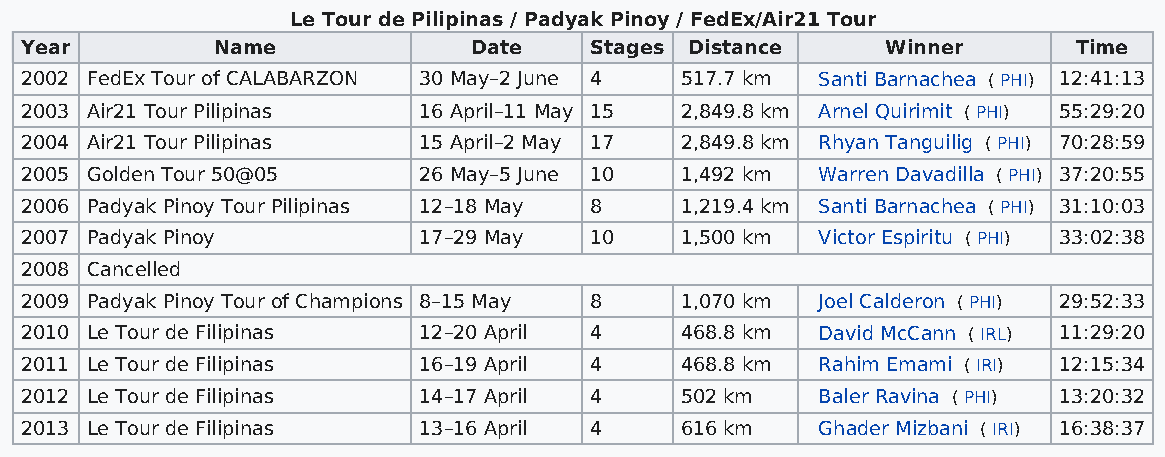
Le Tour de Pilipinas / Padyak Pinoy / FedEx/Air21 Tour
 Year         Name             Date    Stages Distance     Winner      Time
 2002 FedEx Tour of CALABARZON 30 May–2 June 4 517.7 km Santi Barnachea ( PHI) 12:41:13
 2003 Air21 Tour Pilipinas  16 April–11 May 15 2,849.8 km Arnel Quirimit ( PHI) 55:29:20
 2004 Air21 Tour Pilipinas  15 April–2 May 17 2,849.8 km Rhyan Tanguilig ( PHI) 70:28:59
 2005 Golden Tour 50@05     26 May–5 June 10 1,492 km Warren Davadilla ( PHI) 37:20:55
 2006 Padyak Pinoy Tour Pilipinas 12–18 May 8 1,219.4 km Santi Barnachea ( PHI) 31:10:03
 2007 Padyak Pinoy          17–29 May  10    1,500 km Victor Espiritu ( PHI) 33:02:38
 2008 Cancelled
 2009 Padyak Pinoy Tour of Champions 8–15 May 8 1,070 km Joel Calderon ( PHI) 29:52:33
 2010 Le Tour de Filipinas  12–20 April 4    468.8 km David McCann ( IRL) 11:29:20
 2011 Le Tour de Filipinas  16–19 April 4    468.8 km Rahim Emami ( IRI) 12:15:34
 2012 Le Tour de Filipinas  14–17 April 4    502 km   Baler Ravina ( PHI) 13:20:32
 2013 Le Tour de Filipinas  13–16 April 4    616 km   Ghader Mizbani ( IRI) 16:38:37